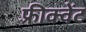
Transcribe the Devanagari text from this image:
फ़्रीक्वेंट